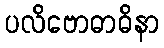
ပလိဗောဓာဓိနာ